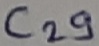
Text: C29